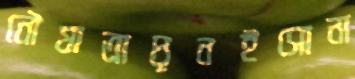
নৌযাত্রাঘৃনইসোনা